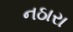
નઠારા